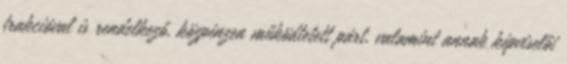
frakcióval is rendelkező, közpénzen működtetett párt, valamint annak képviselői